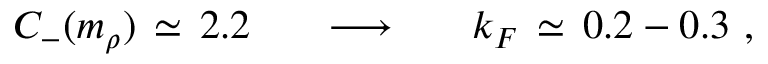
C _ { - } ( m _ { \rho } ) \, \simeq \, 2 . 2 \; \; \; \; \; \; \longrightarrow \; \; \; \; \; \; k _ { F } \, \simeq \, 0 . 2 - 0 . 3 ~ ,